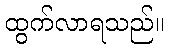
ထွက်လာရသည်။